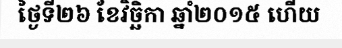
ថ្ងៃទី២៦ ខែវិច្ឆិកា ឆ្នាំ២០១៥ ហើយ